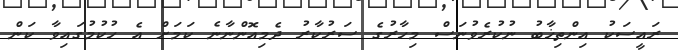
ރައީސަކު އިންތިޚާބު ނުކުރެވުނަސް މިހާރުގެ ސަރުކާރު ދެމިއޮންނާނެ ކަމަށް އެ ހުކުމުގައިވާ ކަން